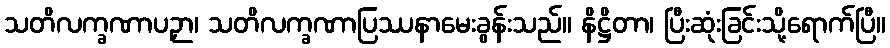
သတိလက္ခဏာပဉှာ၊ သတိလက္ခဏာပြဿနာမေးခွန်းသည်။ နိဋ္ဌိတာ၊ ပြီးဆုံးခြင်းသို့ရောက်ပြီ။